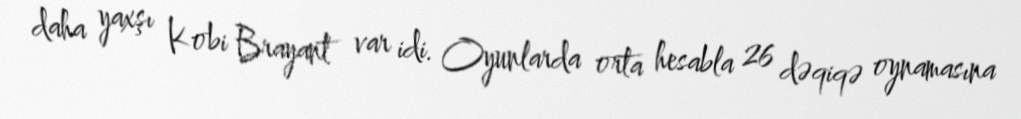
daha yaxşı Kobi Brayant var idi. Oyunlarda orta hesabla 26 dəqiqə oynamasına